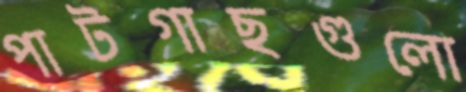
পাটগাছগুলো